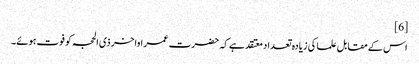
[6]
اس کے مقابل علما کی زیادہ تعداد معتقد ہے کہ حضرت عمر اواخر ذی الحجہ کو فوت ہوئے۔